Burma Government Medical School reports 1923-41
Year: 1923
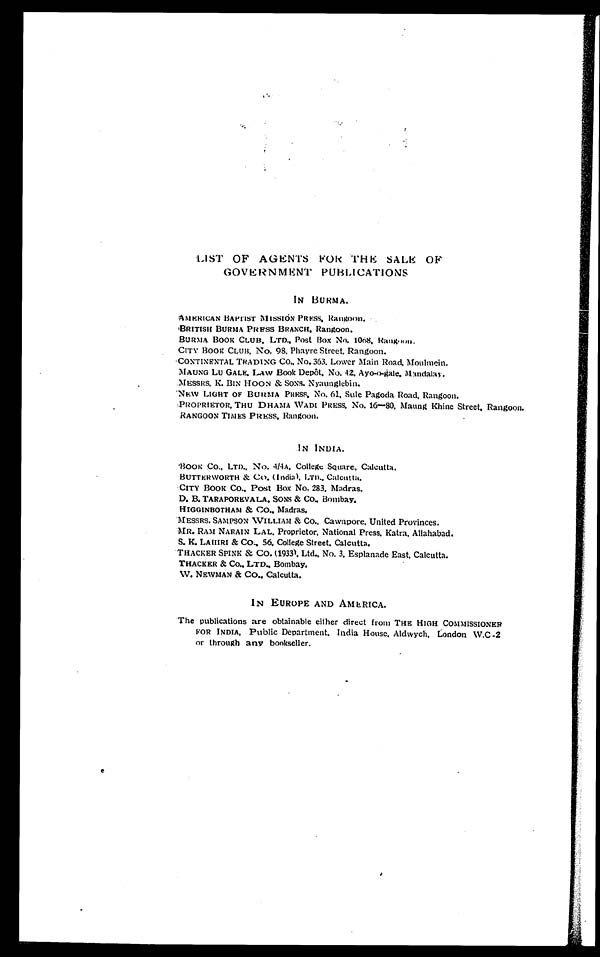
LIST OF AGENTS FOR THE SALE OF
GOVERNMENT PUBLICATIONS
IN BURMA.
AMERICAN BAPTIST MISSION PRESS, Rangoon.
BRITISH BURMA PRESS BRANCH, Rangoon.
BURMA BOOK CLUB, LTD., Post Box No. 1068, Rangoon.
CITY BOOK CLUB, No. 98, Phayre Street, Rangoon.
CONTINENTAL TRADING CO., No. 363, Lower Main Road, Moulmein.
MAUNG LU GALE, Law Book Depot. No. 42, Ayo-o-gale, Mandalay.
MESSRS. K. BIN HOON & SONS, Nyaunglebin.
NEW LIGHT OF BURMA PRESS, No. 61, Sule Pagoda Road, Rangoon.
PROPRIETOR, THU DHAMA WADI PRESS, No. 16—80, Maung Khine Street, Rangoon.
RANGOON TIMES PRESS. Rangoon.
IN INDIA.
BOOK CO. , LTD. , No. 4/ 4A, Col l e ge Squa r e , Ca l c ut t a .
BUTTERWORTH & CO. (India), LTD., Calcutta
.
CITY BOOK CO., Post Box No. 283, Madras.
D. B. TARAPOREVALA. SONS & CO. , Bombay.
HIGGINBOTHAM & CO. , Madras.
MESSRS. SAMPSON WILLIAM & CO., Cawnpore, United Provinces.
MR. RAM NARAIN LAL, Proprietor, National Press, Katra, Allahabad.
S. K. LAHIRI & CO., 56, College Street, Calcutta.
THACKER SPINK & CO. (1933), Ltd., No. 3, Esplanade East, Calcutta.
THACKER & CO., LTD., Bombay.
W. NEWMAN & CO., Calcutta.
IN EUROPE AND AMERICA.
The publications are obtainable either direct from THE HIGH COMMISSIONER
FOR I NDI A, Publ i c Depar t ment , I ndi a Hous e, Al dwych, London W. C - 2
or through any bookseller.